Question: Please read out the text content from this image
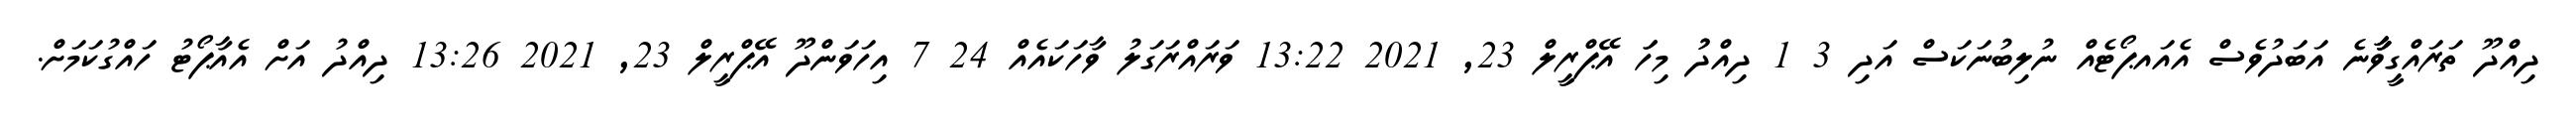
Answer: ދިއްދޫ ތަރައްގީވާާާނެ އަބަދުވެސް އެއައޕޯޓެއް ނުލިބުނަކަސް އަދި 3 1 ދިއްދުު މިހަަ އޭޕްރީލް 23, 2021 13:22 ވަރައްރަގަލު ވާހަކައެއް 24 7 އިހަވަންދޫ އޭޕްރީލް 23, 2021 13:26 ދިއްދު އަށް އެއާޕޯޓު ހައްގުކަމަށް.